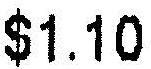
$1.10